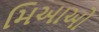
મિઆઓ